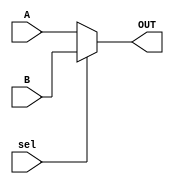
module MUX_2X1 #(parameter N = 8)(
input       wire       [N-1:0]       A,
input       wire       [N-1:0]       B,
input       wire                     sel,
output      reg        [N-1:0]       OUT
);



always@(*)
begin
	if(sel)
		begin
			OUT = B;
		end
	else
		begin
			OUT = A;
		end
end







endmodule